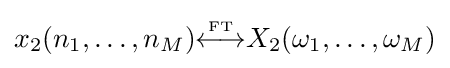
x_{2}(n_{1},\ldots ,n_{M}){\overset {\underset {\mathrm {FT} }{}}{\longleftrightarrow }}X_{2}(\omega _{1},\ldots ,\omega _{M})